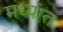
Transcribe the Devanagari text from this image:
मध्यांत